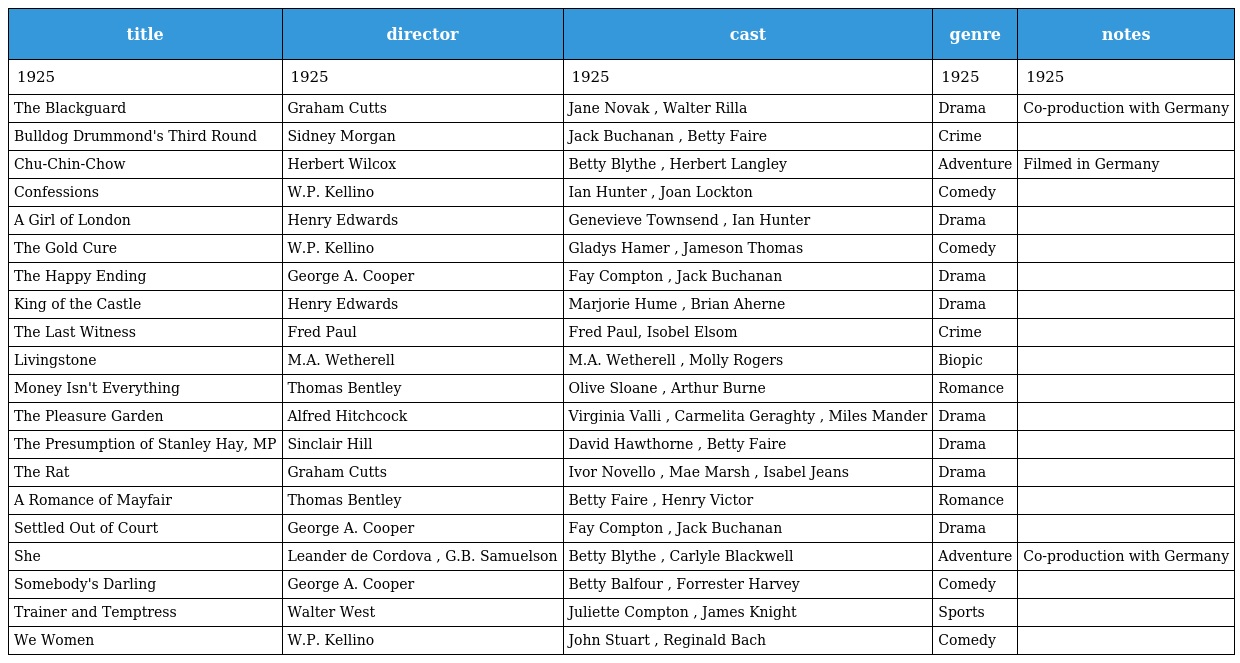
| title | director | cast | genre | notes |
 | --- | --- | --- | --- | --- |
 | 1925 | 1925 | 1925 | 1925 | 1925 |
 | The Blackguard | Graham Cutts | Jane Novak , Walter Rilla | Drama | Co-production with Germany |
 | Bulldog Drummond's Third Round | Sidney Morgan | Jack Buchanan , Betty Faire | Crime |  |
 | Chu-Chin-Chow | Herbert Wilcox | Betty Blythe , Herbert Langley | Adventure | Filmed in Germany |
 | Confessions | W.P. Kellino | Ian Hunter , Joan Lockton | Comedy |  |
 | A Girl of London | Henry Edwards | Genevieve Townsend , Ian Hunter | Drama |  |
 | The Gold Cure | W.P. Kellino | Gladys Hamer , Jameson Thomas | Comedy |  |
 | The Happy Ending | George A. Cooper | Fay Compton , Jack Buchanan | Drama |  |
 | King of the Castle | Henry Edwards | Marjorie Hume , Brian Aherne | Drama |  |
 | The Last Witness | Fred Paul | Fred Paul, Isobel Elsom | Crime |  |
 | Livingstone | M.A. Wetherell | M.A. Wetherell , Molly Rogers | Biopic |  |
 | Money Isn't Everything | Thomas Bentley | Olive Sloane , Arthur Burne | Romance |  |
 | The Pleasure Garden | Alfred Hitchcock | Virginia Valli , Carmelita Geraghty , Miles Mander | Drama |  |
 | The Presumption of Stanley Hay, MP | Sinclair Hill | David Hawthorne , Betty Faire | Drama |  |
 | The Rat | Graham Cutts | Ivor Novello , Mae Marsh , Isabel Jeans | Drama |  |
 | A Romance of Mayfair | Thomas Bentley | Betty Faire , Henry Victor | Romance |  |
 | Settled Out of Court | George A. Cooper | Fay Compton , Jack Buchanan | Drama |  |
 | She | Leander de Cordova , G.B. Samuelson | Betty Blythe , Carlyle Blackwell | Adventure | Co-production with Germany |
 | Somebody's Darling | George A. Cooper | Betty Balfour , Forrester Harvey | Comedy |  |
 | Trainer and Temptress | Walter West | Juliette Compton , James Knight | Sports |  |
 | We Women | W.P. Kellino | John Stuart , Reginald Bach | Comedy |  |